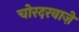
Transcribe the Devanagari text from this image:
चोरदरवाज़े